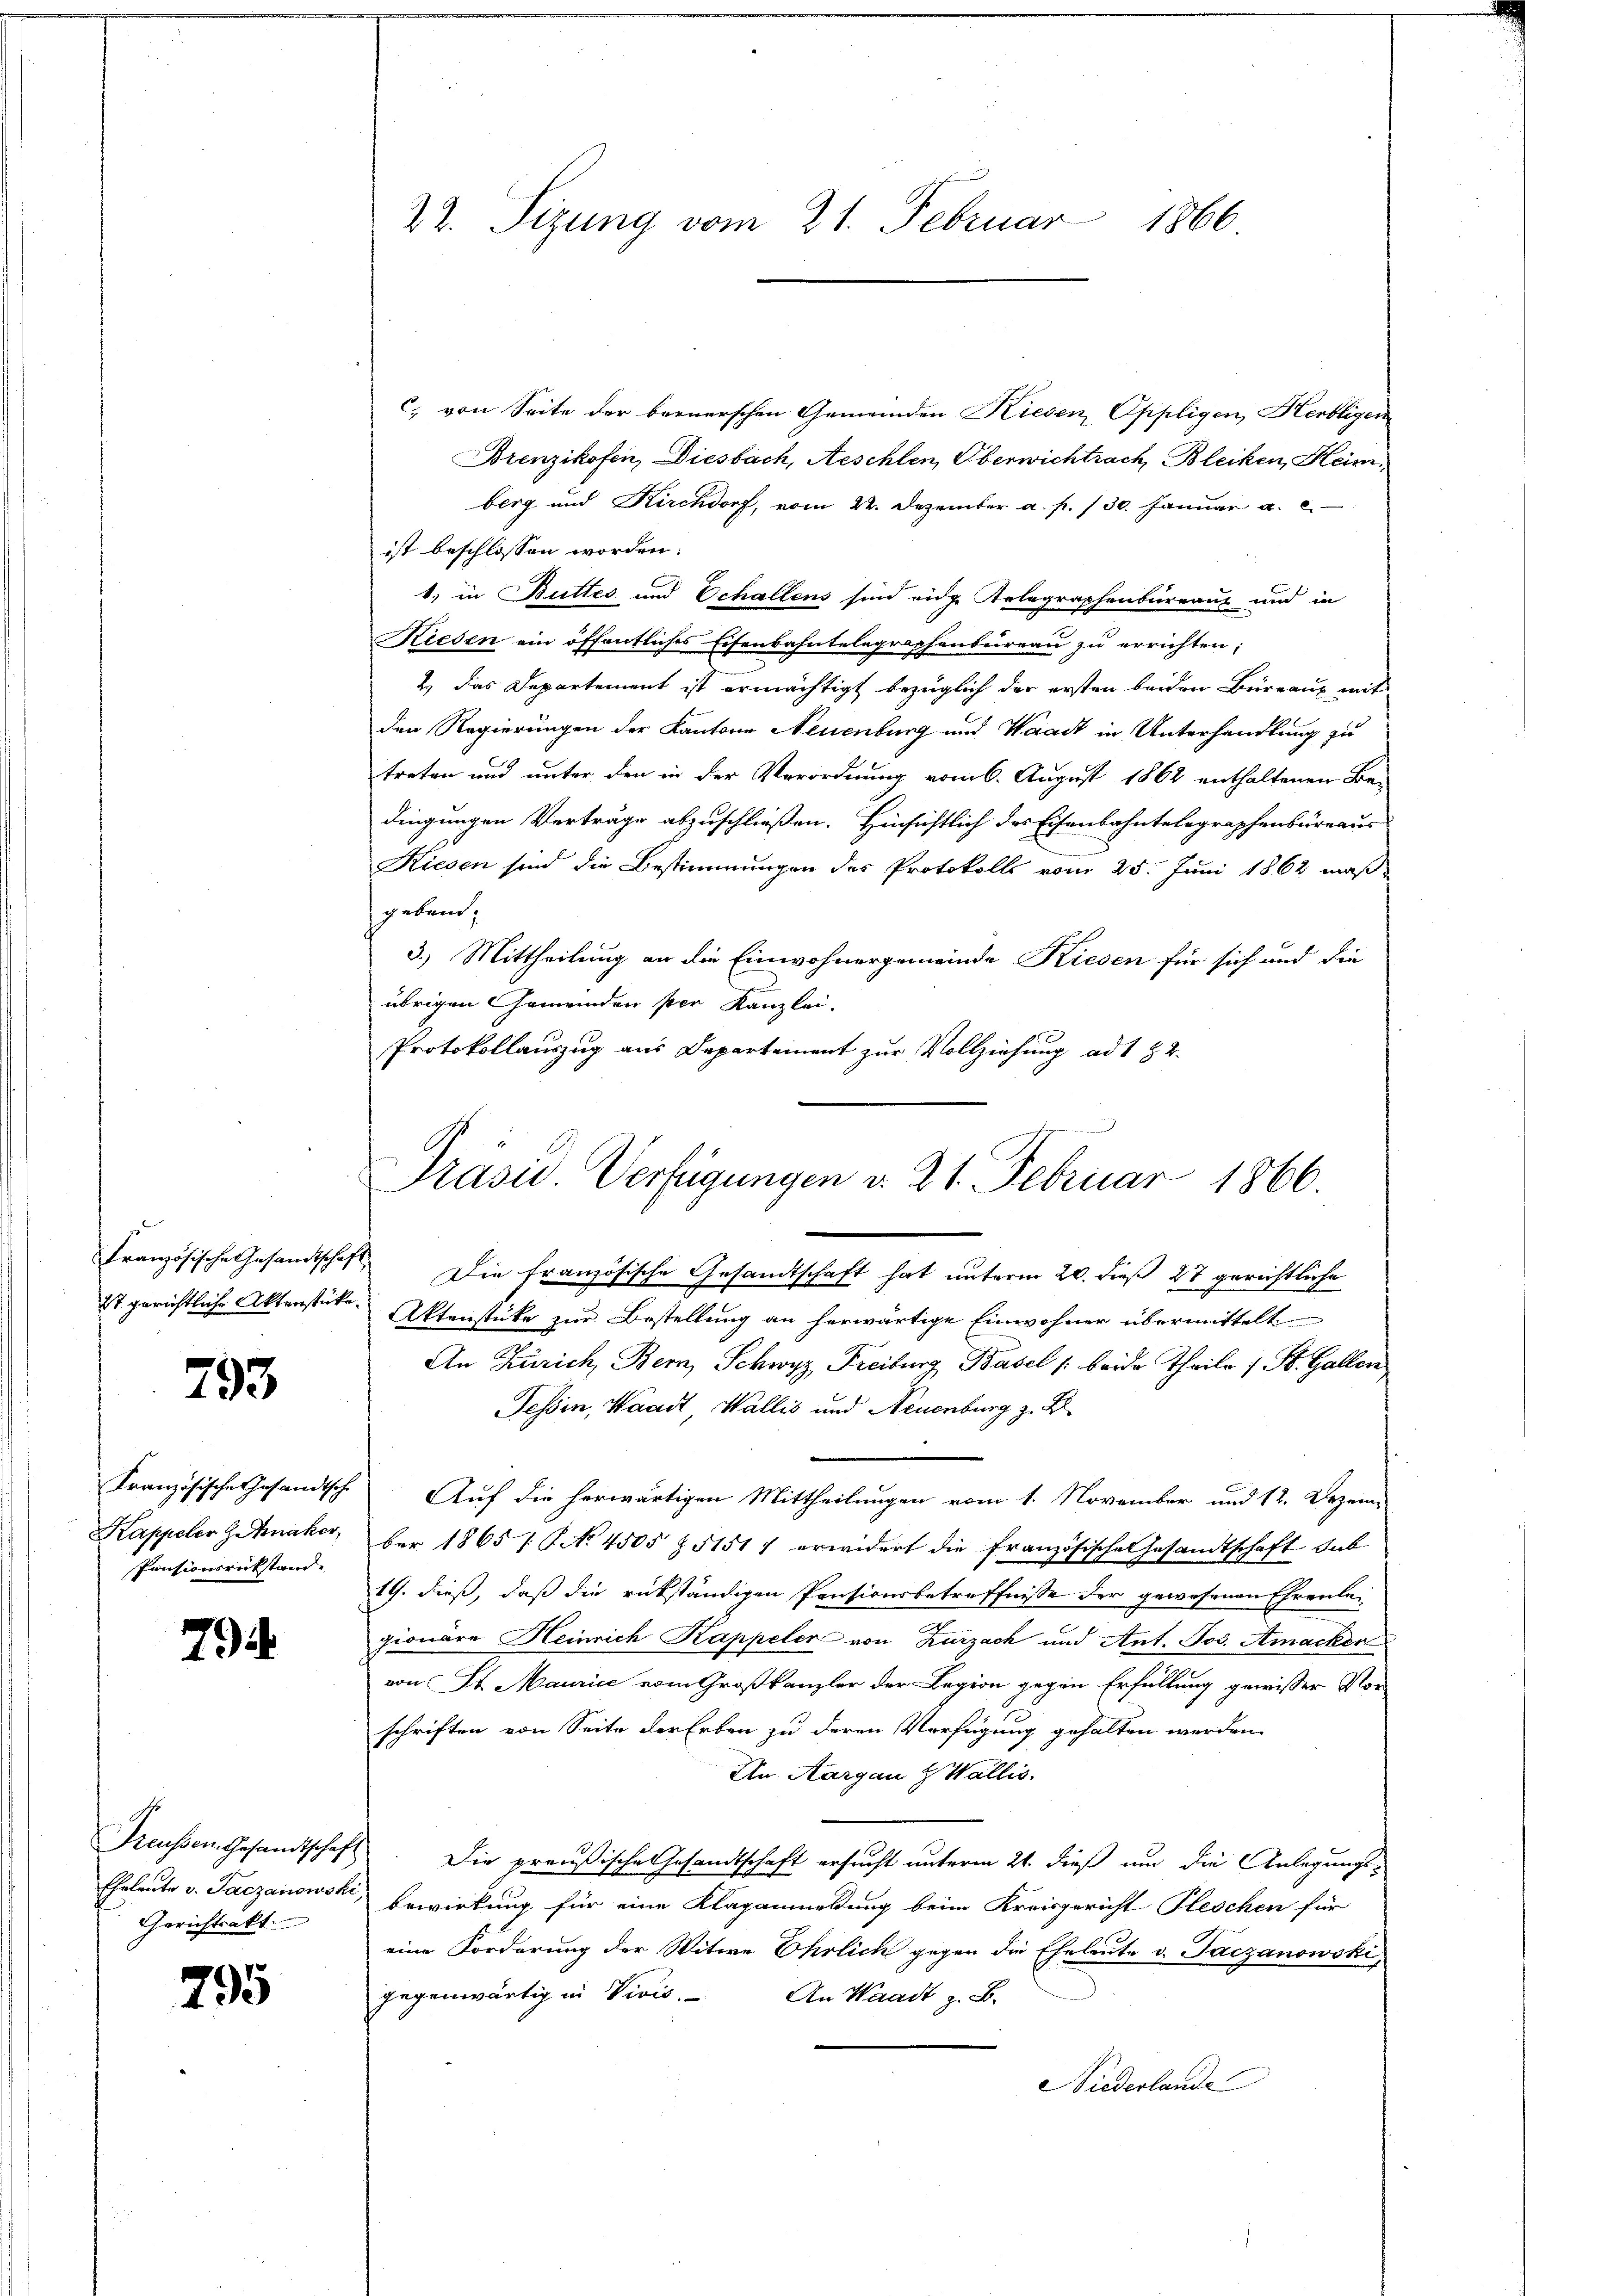
793

Französische Gesandtsche
Kappeler Z Mnaker,
Pensionsrückstand.

794

Preussen Gesandtschaft
Gerichtsakt.

295

c. von Seite der bernerschen Gemeinden Kiesen Oppligen, Herbligen
Brenzikofen, Diesbach, Aeschlen, Oberwichtrach, Bleiken, Heim.
berg und Kirchdorf, vom 22. Dezember a. p. 130. Januar a. c.
ist beschlossen worden.
1) in Butter und Schallens sind eidge Telegraphenbureaus und in
Kiesen ein öffentliches Eisenbahntelegraphenbureau zu errichten:
2.) Das Departement ist ermächtigt bezüglich der ersten beiden Büreaux mit
den Regierungen der Kantone Neuenburg und Waadt in Unterhandlung zu
treten und unter den in der Verordnung vom 6. August 1862 enthaltenen Be-
dingungen Verträge abzuschließen. Hinsichtlich des Eisenbahntelegraphenbureaus
Kiesen sind die Bestimmungen des Protokolls vom 25. Juni 1862 maß
gebend,
3.) Mittheilung an die Einwohnergemeinde Kiesen für sich und die
übrigen Gemeinden per Kanzlei.
Protokollauszug aus Departement zur Vollziehung ad 1 § 2.

22. Sizung vom 21. Februar 1866.

Präsid. Verfügungen d. 21. Februar 1866.
Französische Gesandtschaft Die französische Gesandtschaft hat unterm 20. dieß 27 gerichtliche

Ist gerichtliche Aktenstücke Aktenstüke zur Bestellung an herwärtige Einwohner übermittelt
An Zürich, Bern, Schwyz, Freiburg, Basel /: beide Theile 1 St. Galler
Tessin, Waadt, Wallis und Neuenburg z. B.
Auf die herwärtigen Mittheilungen vom 1. November und 12. Dezem
ber 1865 / P No 4505 § 5151) erwidert die französische Gesandtschaft sub
19. dieß, daß die rükständigen Pensionsbetreffnisse der gewesenen Ehrenlepionäre Heinrich Kappeler von Zurzach und Ant. Jos. Amacker
von St. Maurice vom Großkanzler der Legion gegen Erfüllung gewisser Vor
schriften von Seite der Erben zu deren Verfügung gehalten werden
An. Aargau Z Wallis.
 Die preußische Gesandtschaft ersucht unterm 21. dieß um die Anlegungs-
Eheleute v. Jaczanowski, Bewirkung für eine Klaganmeldung beim Kreisgericht Pleschen für
eine Forderung der Witwe Ehrlich gegen die Eheleute v. Paczanowski,
gegenwärtig in Vivis. An Waadt z. B.
iederlande